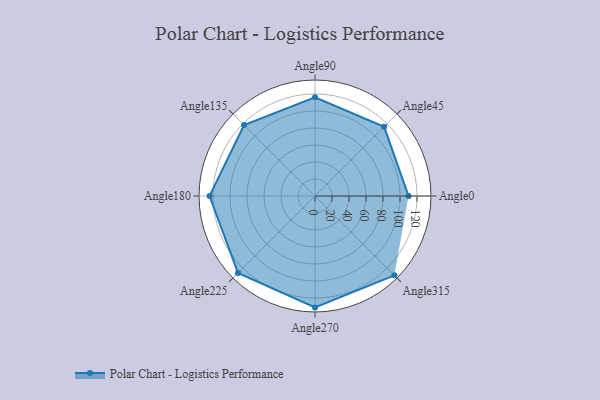
{"axis": {"x": "Angle", "y": "Radius"}, "legend": [""], "data": [{"x": "Angle0", "y": 110.0, "type": ""}, {"x": "Angle45", "y": 115.0, "type": ""}, {"x": "Angle90", "y": 116.0, "type": ""}, {"x": "Angle135", "y": 118.0, "type": ""}, {"x": "Angle180", "y": 124.0, "type": ""}, {"x": "Angle225", "y": 128.0, "type": ""}, {"x": "Angle270", "y": 131.0, "type": ""}, {"x": "Angle315", "y": 132.0, "type": ""}]}